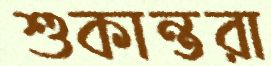
শুকান্তরা